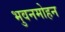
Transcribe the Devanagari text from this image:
भुवनमोहन